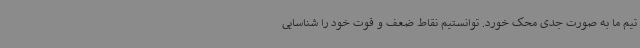
تیم ما به صورت جدی محک ‌خورد. توانستیم نقاط ضعف و قوت خود را شناسایی